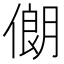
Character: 𱏃